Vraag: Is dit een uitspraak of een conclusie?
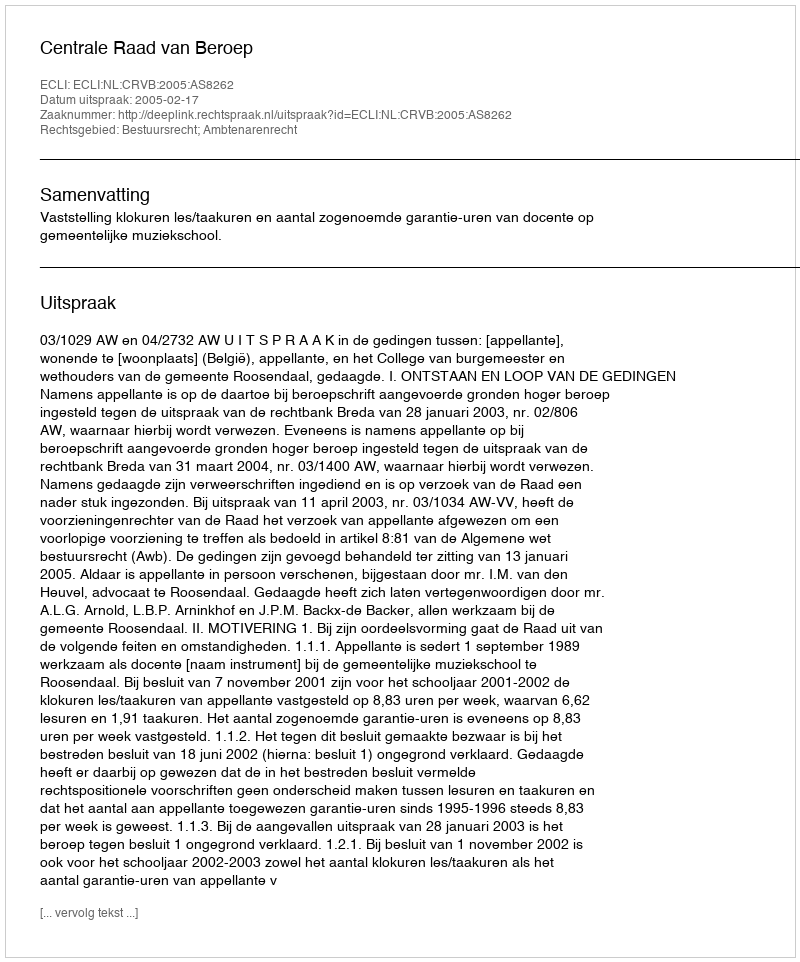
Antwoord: Uitspraak